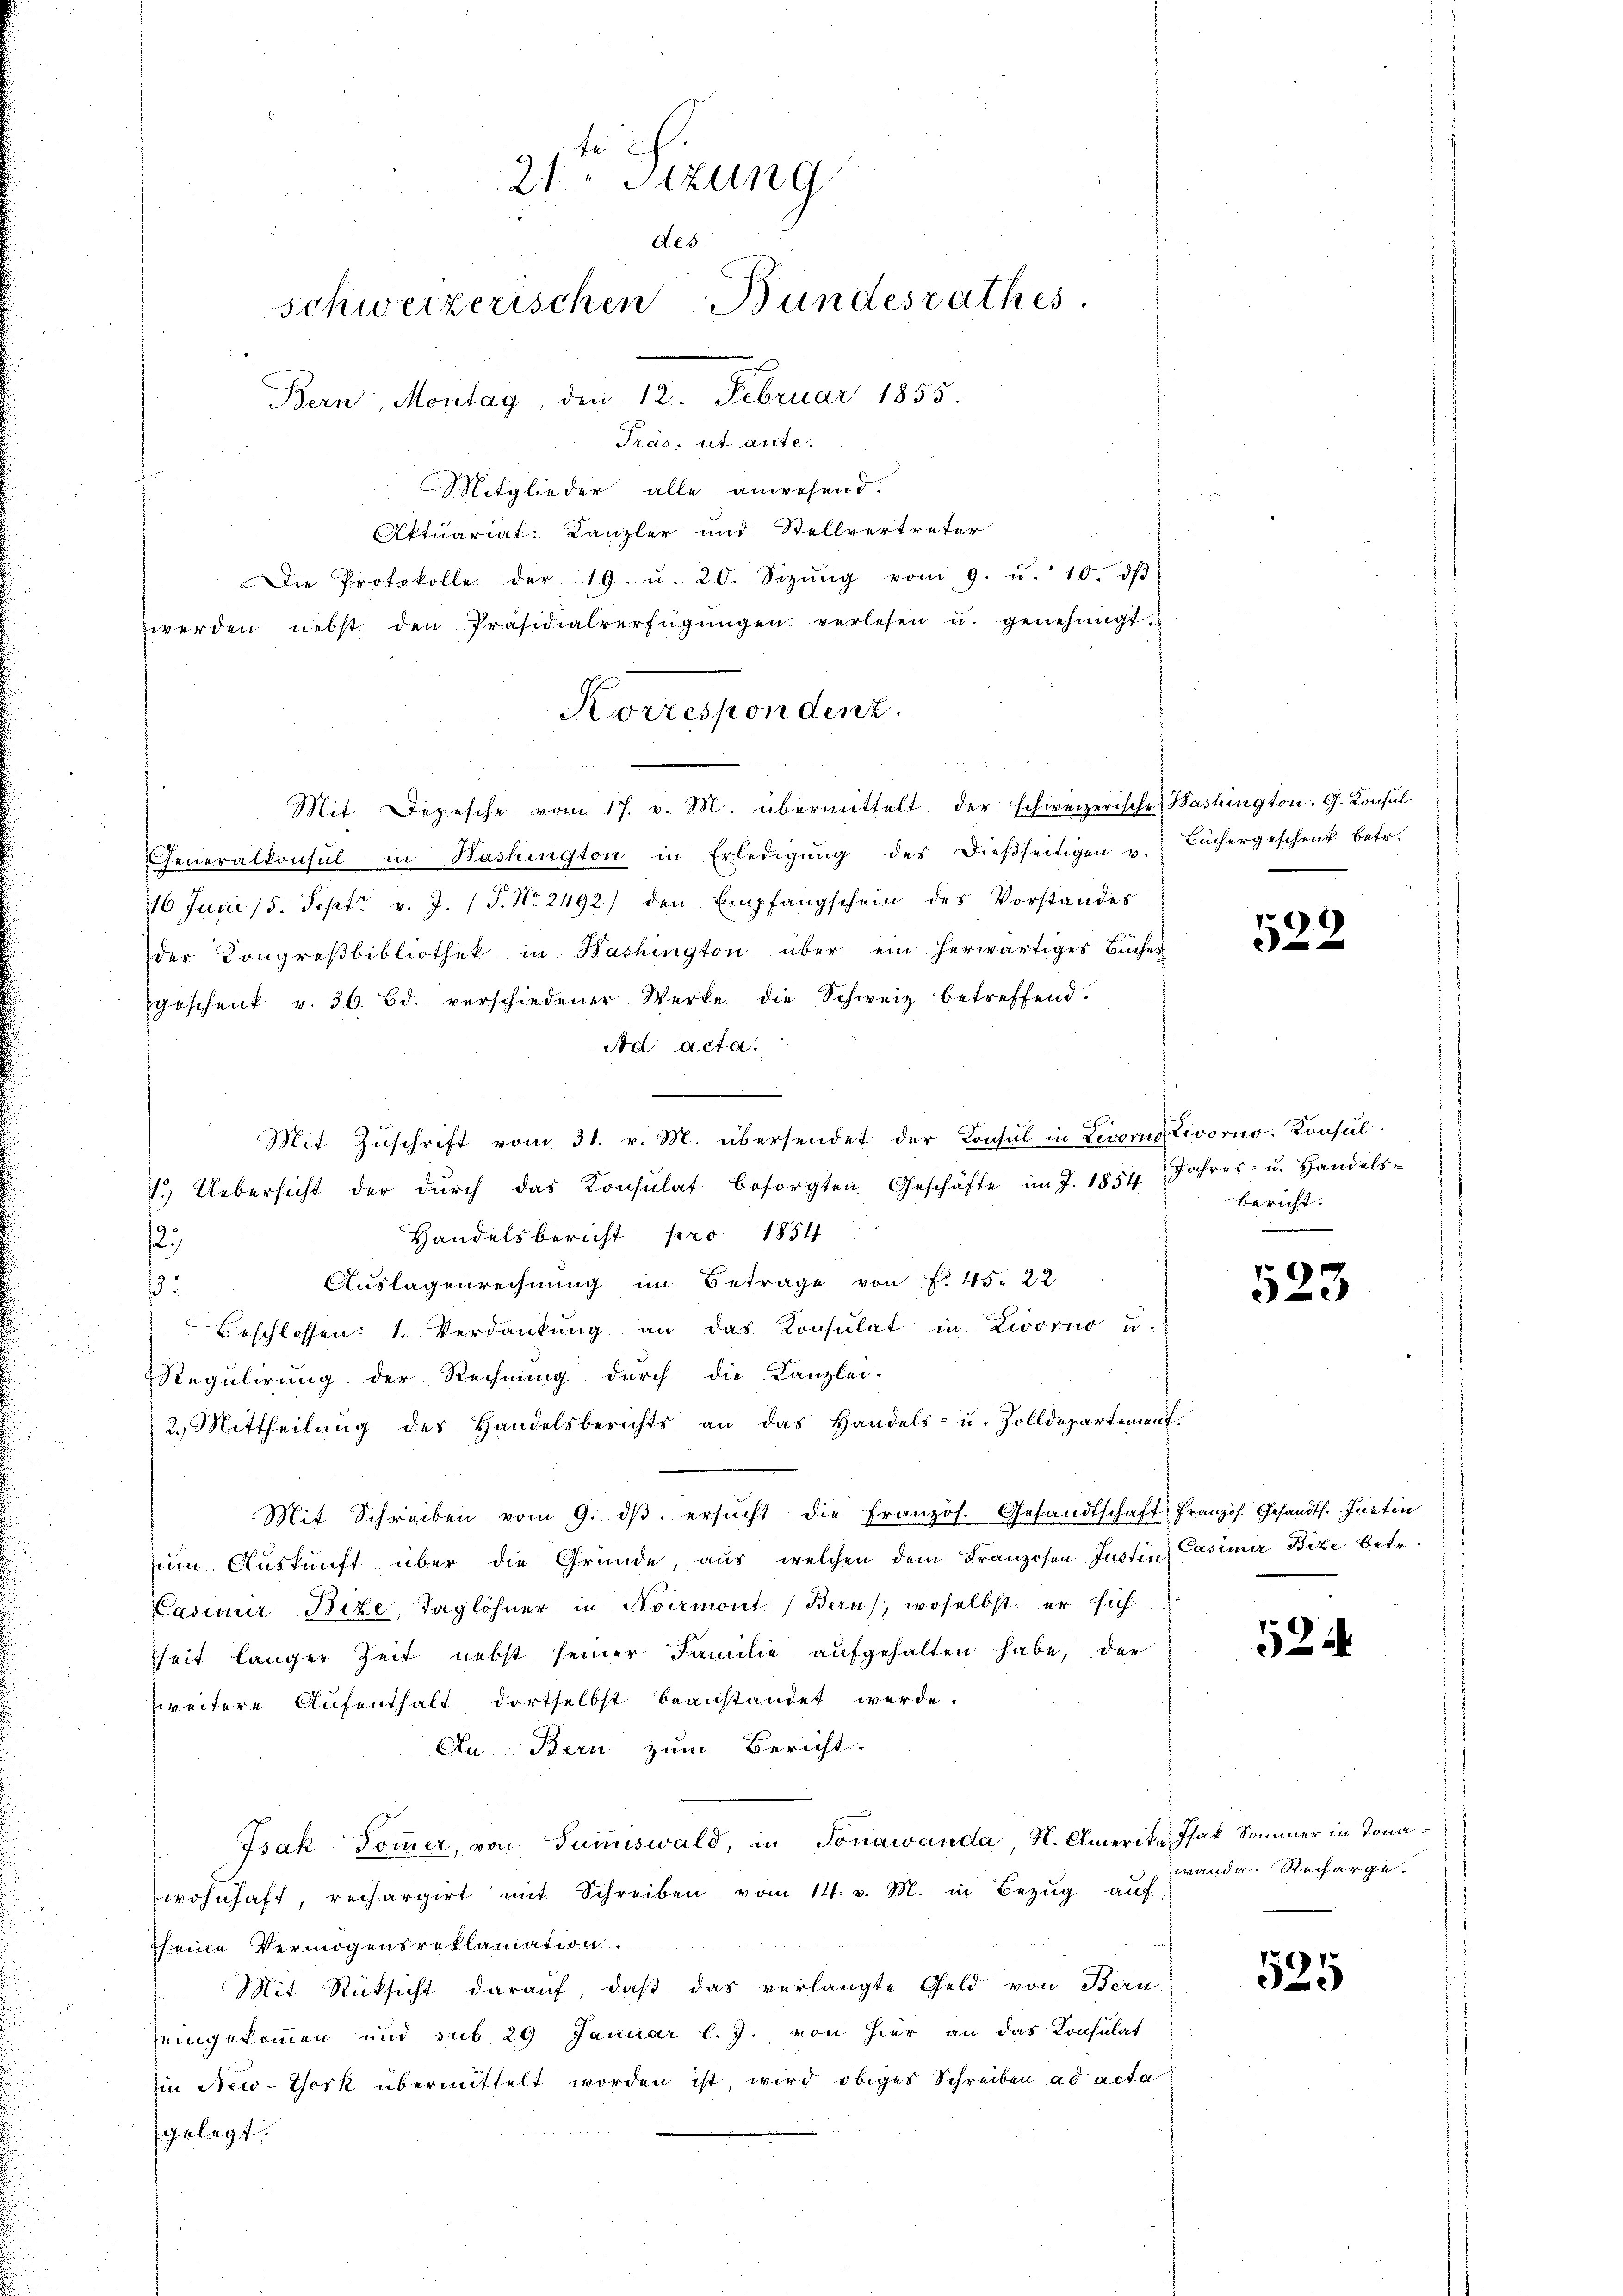
Mitglieder alle anwesend.
Aftuariat: Kanzler und Stellvertreter
Die Protokolle der 19. u. 20. Sezŭng vom 9. u. 10. dβ
zwerden nebst den Präsidialverfügŭngen verlesen u. genehmigt.
.
Mit. Depesche vom 17. v. M. übermittelt der schweizerische Washington. G. Konsul
Generalkonsul in Washington in Erledigŭng des dieβseitigen u. Büchergeschenk betr.
16 Juni 15. Sept v. J. P. Nr. 2492) den Empfangschein des Vorstandes
der Kongreßbibliothek in Bashington über ein herwärtiges Bücher
geschenk v. 36. Bd. verschiedener Werke die Schweiz betreffend.
Ad acta.
Mit Zŭschrift vom 31. v. M. übersendet der Konsul in Livorno Divorno. Konsul¬
7.) Uebersicht der dŭrch das Konsulat besorgten Geschäfte im J. 1854 Jahres- u. Handels-
Handelsbericht pro 1854
127
Auslagenrechnung im Betrage von f. 45. 22
:
Beschlossen: 1. Verdankŭng an das Konsulat in Livorno u.
Regulirung der Rechnung durch die Kanzlei-
2. Mittheilŭng des Handelsberichts an das Handels- u. Zolldepartement.
Mit Schreiben vom 9. dβ ersŭcht die Französ. Gesandtschaft französ. Gesandts. Justin
zum Auskunft über die Gründe, aus welchen dem Franzosen Justin Casimir Bite betr.
Casimir Bize, Taglöhner in Noirmont (Berns, woselbst er sich
heit länger Zeit nebst seiner Familie aŭfgehalten habe, der
zweitere Aufenthalt dortselbst beanstandet werde.
Au Bern zum Bericht.
Isak Tommer, von Gummiswald, in Jonawanda, N. Amerika Isak Sommer in Tonawohnhaft, rechargirt mit Schreiben vom 14. v. M. in Bezŭg aŭf
seine Vermögensreklamation.
Mit Rücksicht darauf, daß das verlangte Geld von Bern
eingekommen und sub 29 Januar l. J. von hier an das Konsulat
iin New-York übermittelt worden ist, wird obiges Schreiben ad acta
d. klagt.

21. Sizung
des
schweizerischen Bundesrathes.
Bern, Montag, den 12. Februar 1855.
Präs. ut ante.

Korrespondenz.

522

bericht.

523

524

wand a. Recharge¬

525